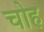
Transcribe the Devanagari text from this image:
चोह